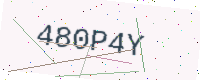
Text: 480P4Y